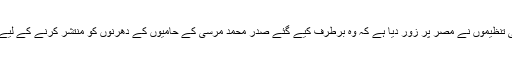
انسانی حقوق کی بین الاقوامی تنظیموں نے مصر پر زور دیا ہے کہ وہ برطرف کیے گئے صدر محمد مرسی کے حامیوں کے دھرنوں کو منتشر کرنے کے لیے طاقت کا استعمال نہ کرے۔